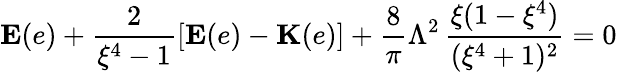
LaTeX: \mathbf{E}(e)+\frac{2}{\xi^{4}-1}[\mathbf{E}(e)-\mathbf{K}(e)]+\frac{8}{\pi}\Lambda^{2}\, \frac{\xi(1-\xi^{4})}{(\xi^{4}+1)^{2}}=0